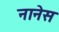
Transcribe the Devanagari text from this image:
नानेस